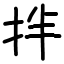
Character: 拌